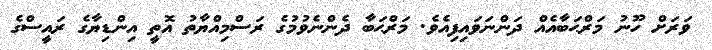
ވަރަށް ހޫނު މަރްޙަބާއެއް ދަންނަވައިފިއެވެ. މަރްޙަބާ ދެންނެވުމުގެ ރަސްމިއްޔާތު އޮތީ އިންޑިޔާގެ ރައީސްގެ